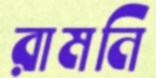
রামনি